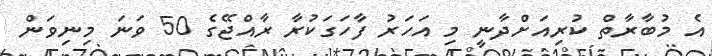
އެ މުބާރާތް ކުރިއަށްދާނީ މި އަހަރު ފާހަގަކުރާ ރާއްޖޭގެ 50 ވަނަ މިނިވަން